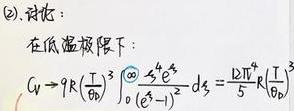
(2). 讨论：

在低温极限下：

\[
C_V \rightarrow 9R\left(\frac{T}{\Theta_D}\right)^3 \int_{0}^{\infty} \frac{\xi^{4} e^{\xi}}{\left(e^{\xi}-1\right)^{2}} d \xi=\frac{D T^{3}}{5} R\left(\frac{T}{\Theta_D}\right)
\]